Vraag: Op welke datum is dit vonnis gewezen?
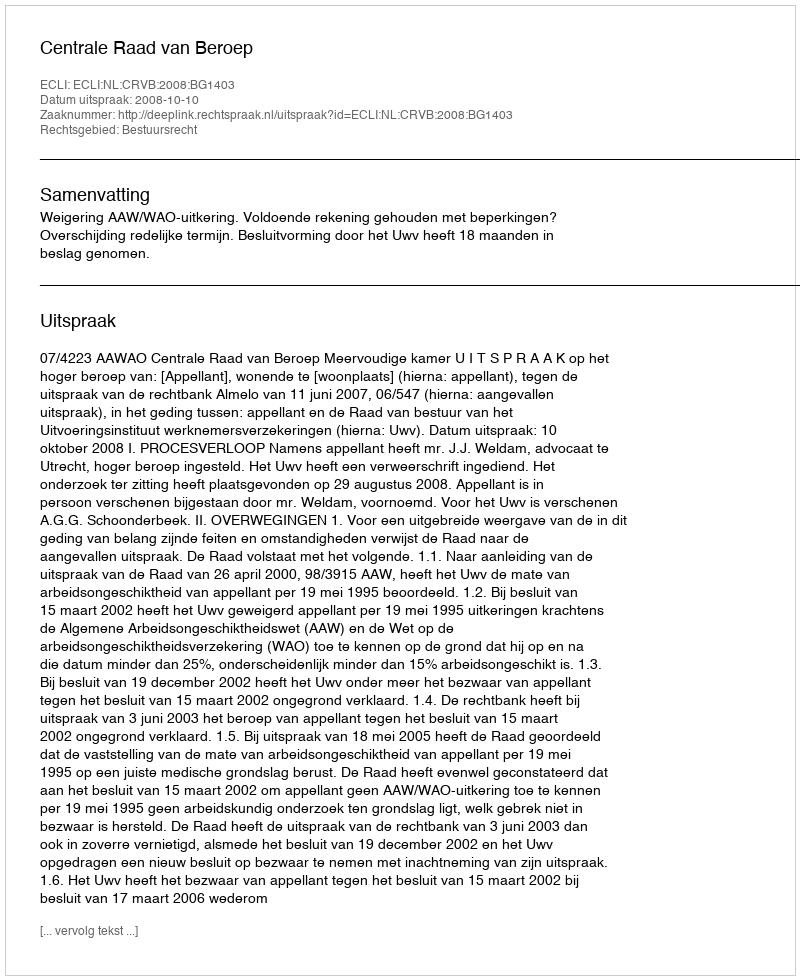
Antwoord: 2008-10-10